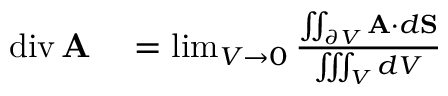
\begin{array} { r l } { \operatorname { d i v } \mathbf { A } } & { { } = \operatorname* { l i m } _ { V \to 0 } { \frac { \iint _ { \partial V } \mathbf { A } \cdot d \mathbf { S } } { \iiint _ { V } d V } } } \end{array}